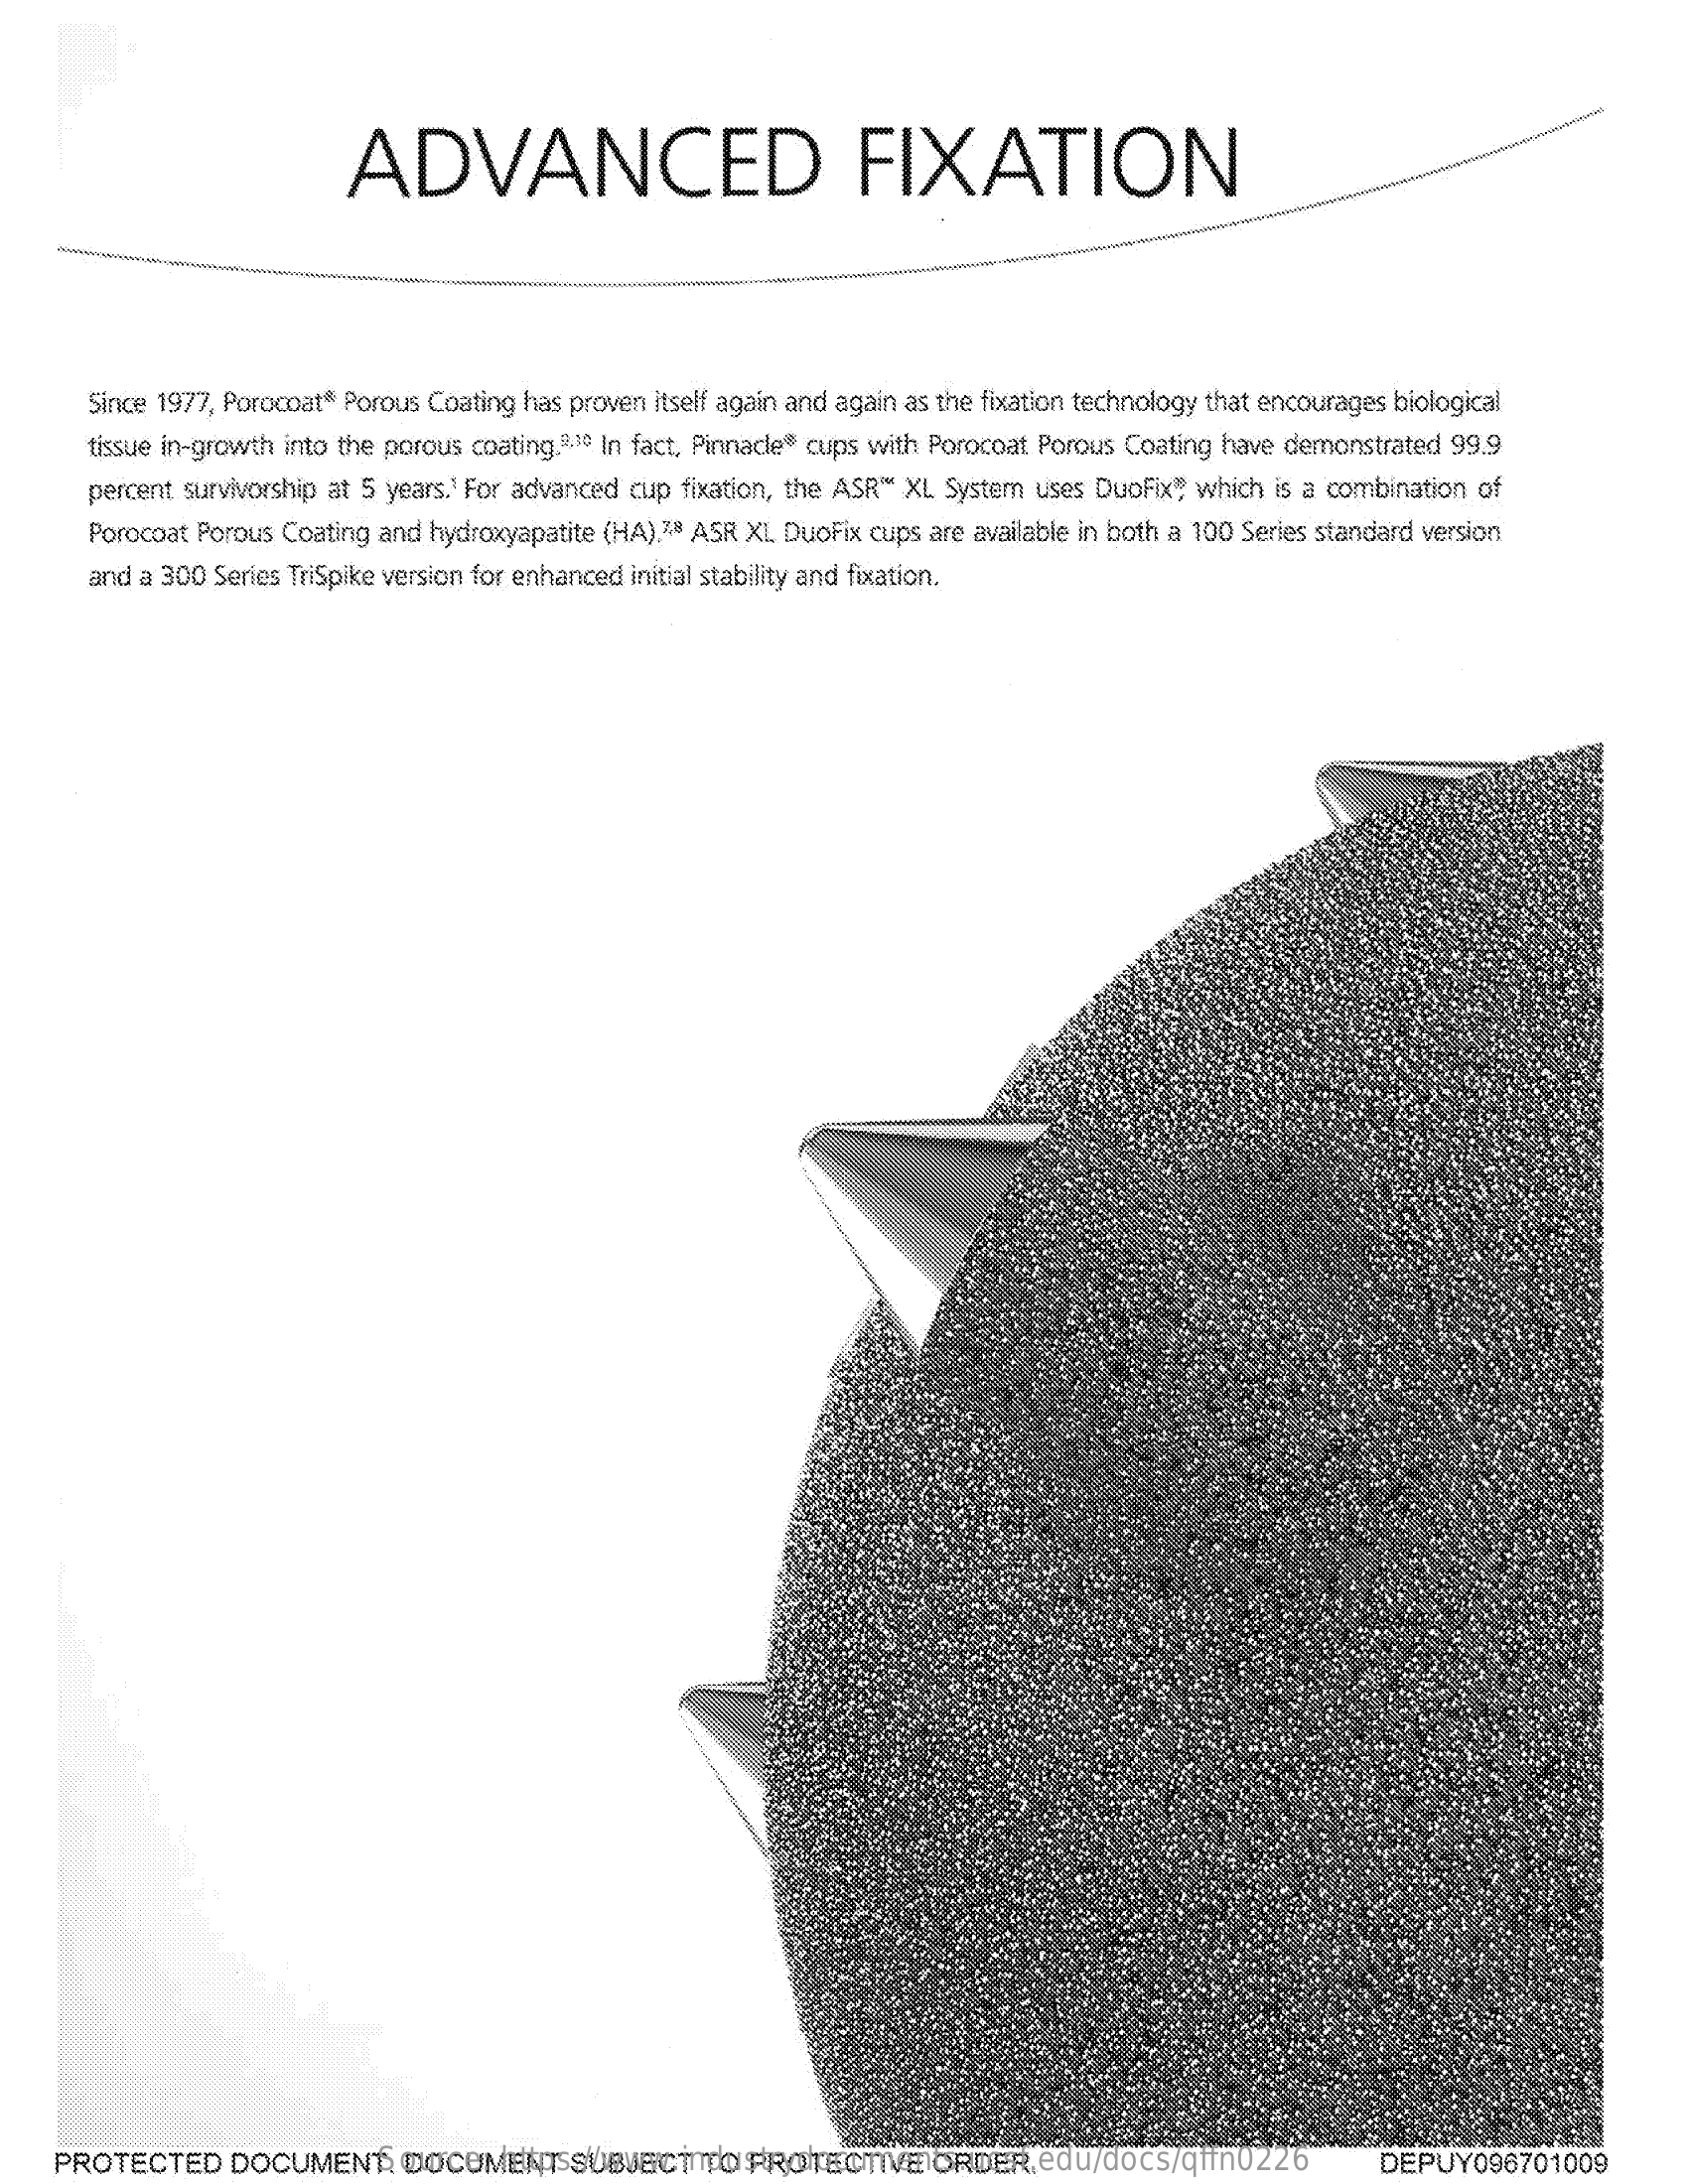
ADVANCED    FIXATION
     Since 1977, Porocoat* Porous Coating has proven itself again and again as the fixation technology that encourages biological
     tissue in-growth into the porous coating.2.3º In fact, Pinnacle® cups with Porocoat Porous Coating have demonstrated 99.9
     percent survivorship at 5 years.1 For advanced cup fixation, the ASR “ XL System uses Duofix" which is a combination of
     Porocoat Porous Coating and hydroxyapatite (HA),7,8 ASR XI DuoFix cups are available in both a 100 Series standard version
     and a 300 Series TriSpike version for enhanced initial stability and fixation.
    PROTECTED    DOCUMENT.    DOCUMENT    SUBJECT    TO PROTECTIVE    ORDER Source: https://www.industrydocuments.ucsf.edu/docs/qffn0226 DEPUY096701009